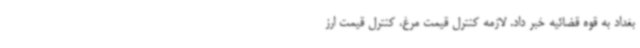
بغداد به قوه قضائیه خبر داد. لازمه کنترل قیمت مرغ، کنترل قیمت ارز